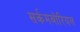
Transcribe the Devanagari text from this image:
सर्कमबोरियल